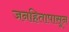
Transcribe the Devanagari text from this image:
जनहितापासून